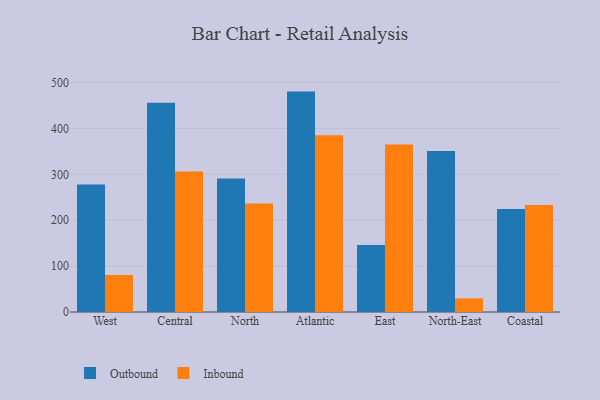
{"axis": {"x": "Region", "y": "Bounce Rate (%)"}, "legend": ["Inbound", "Outbound"], "data": [{"x": "West", "y": 277.6, "type": "Outbound"}, {"x": "West", "y": 80.8, "type": "Inbound"}, {"x": "Central", "y": 455.9, "type": "Outbound"}, {"x": "Central", "y": 306.0, "type": "Inbound"}, {"x": "North", "y": 291.0, "type": "Outbound"}, {"x": "North", "y": 236.5, "type": "Inbound"}, {"x": "Atlantic", "y": 480.3, "type": "Outbound"}, {"x": "Atlantic", "y": 385.3, "type": "Inbound"}, {"x": "East", "y": 146.1, "type": "Outbound"}, {"x": "East", "y": 364.8, "type": "Inbound"}, {"x": "North-East", "y": 350.8, "type": "Outbound"}, {"x": "North-East", "y": 29.8, "type": "Inbound"}, {"x": "Coastal", "y": 224.2, "type": "Outbound"}, {"x": "Coastal", "y": 233.4, "type": "Inbound"}]}